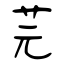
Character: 芫